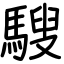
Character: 騪